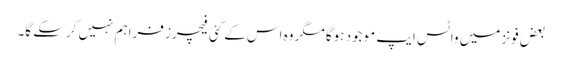
بعض فونز میں واٹس ایپ موجود ہوگا مگر وہ اس کے کئی فیچرز فراہم نہیں کرسکے گا۔